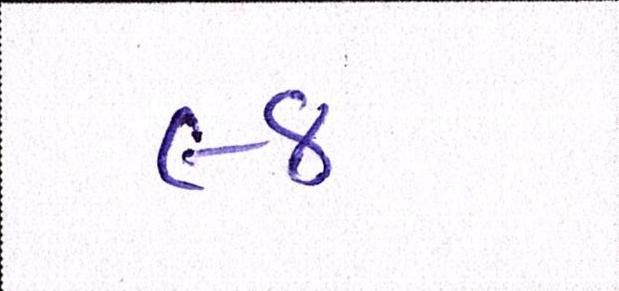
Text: ૯૪